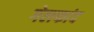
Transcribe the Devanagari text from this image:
गेलफांद